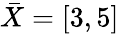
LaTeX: \bar{X}=[3,5]